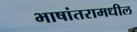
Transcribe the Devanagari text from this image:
भाषांतरामधील